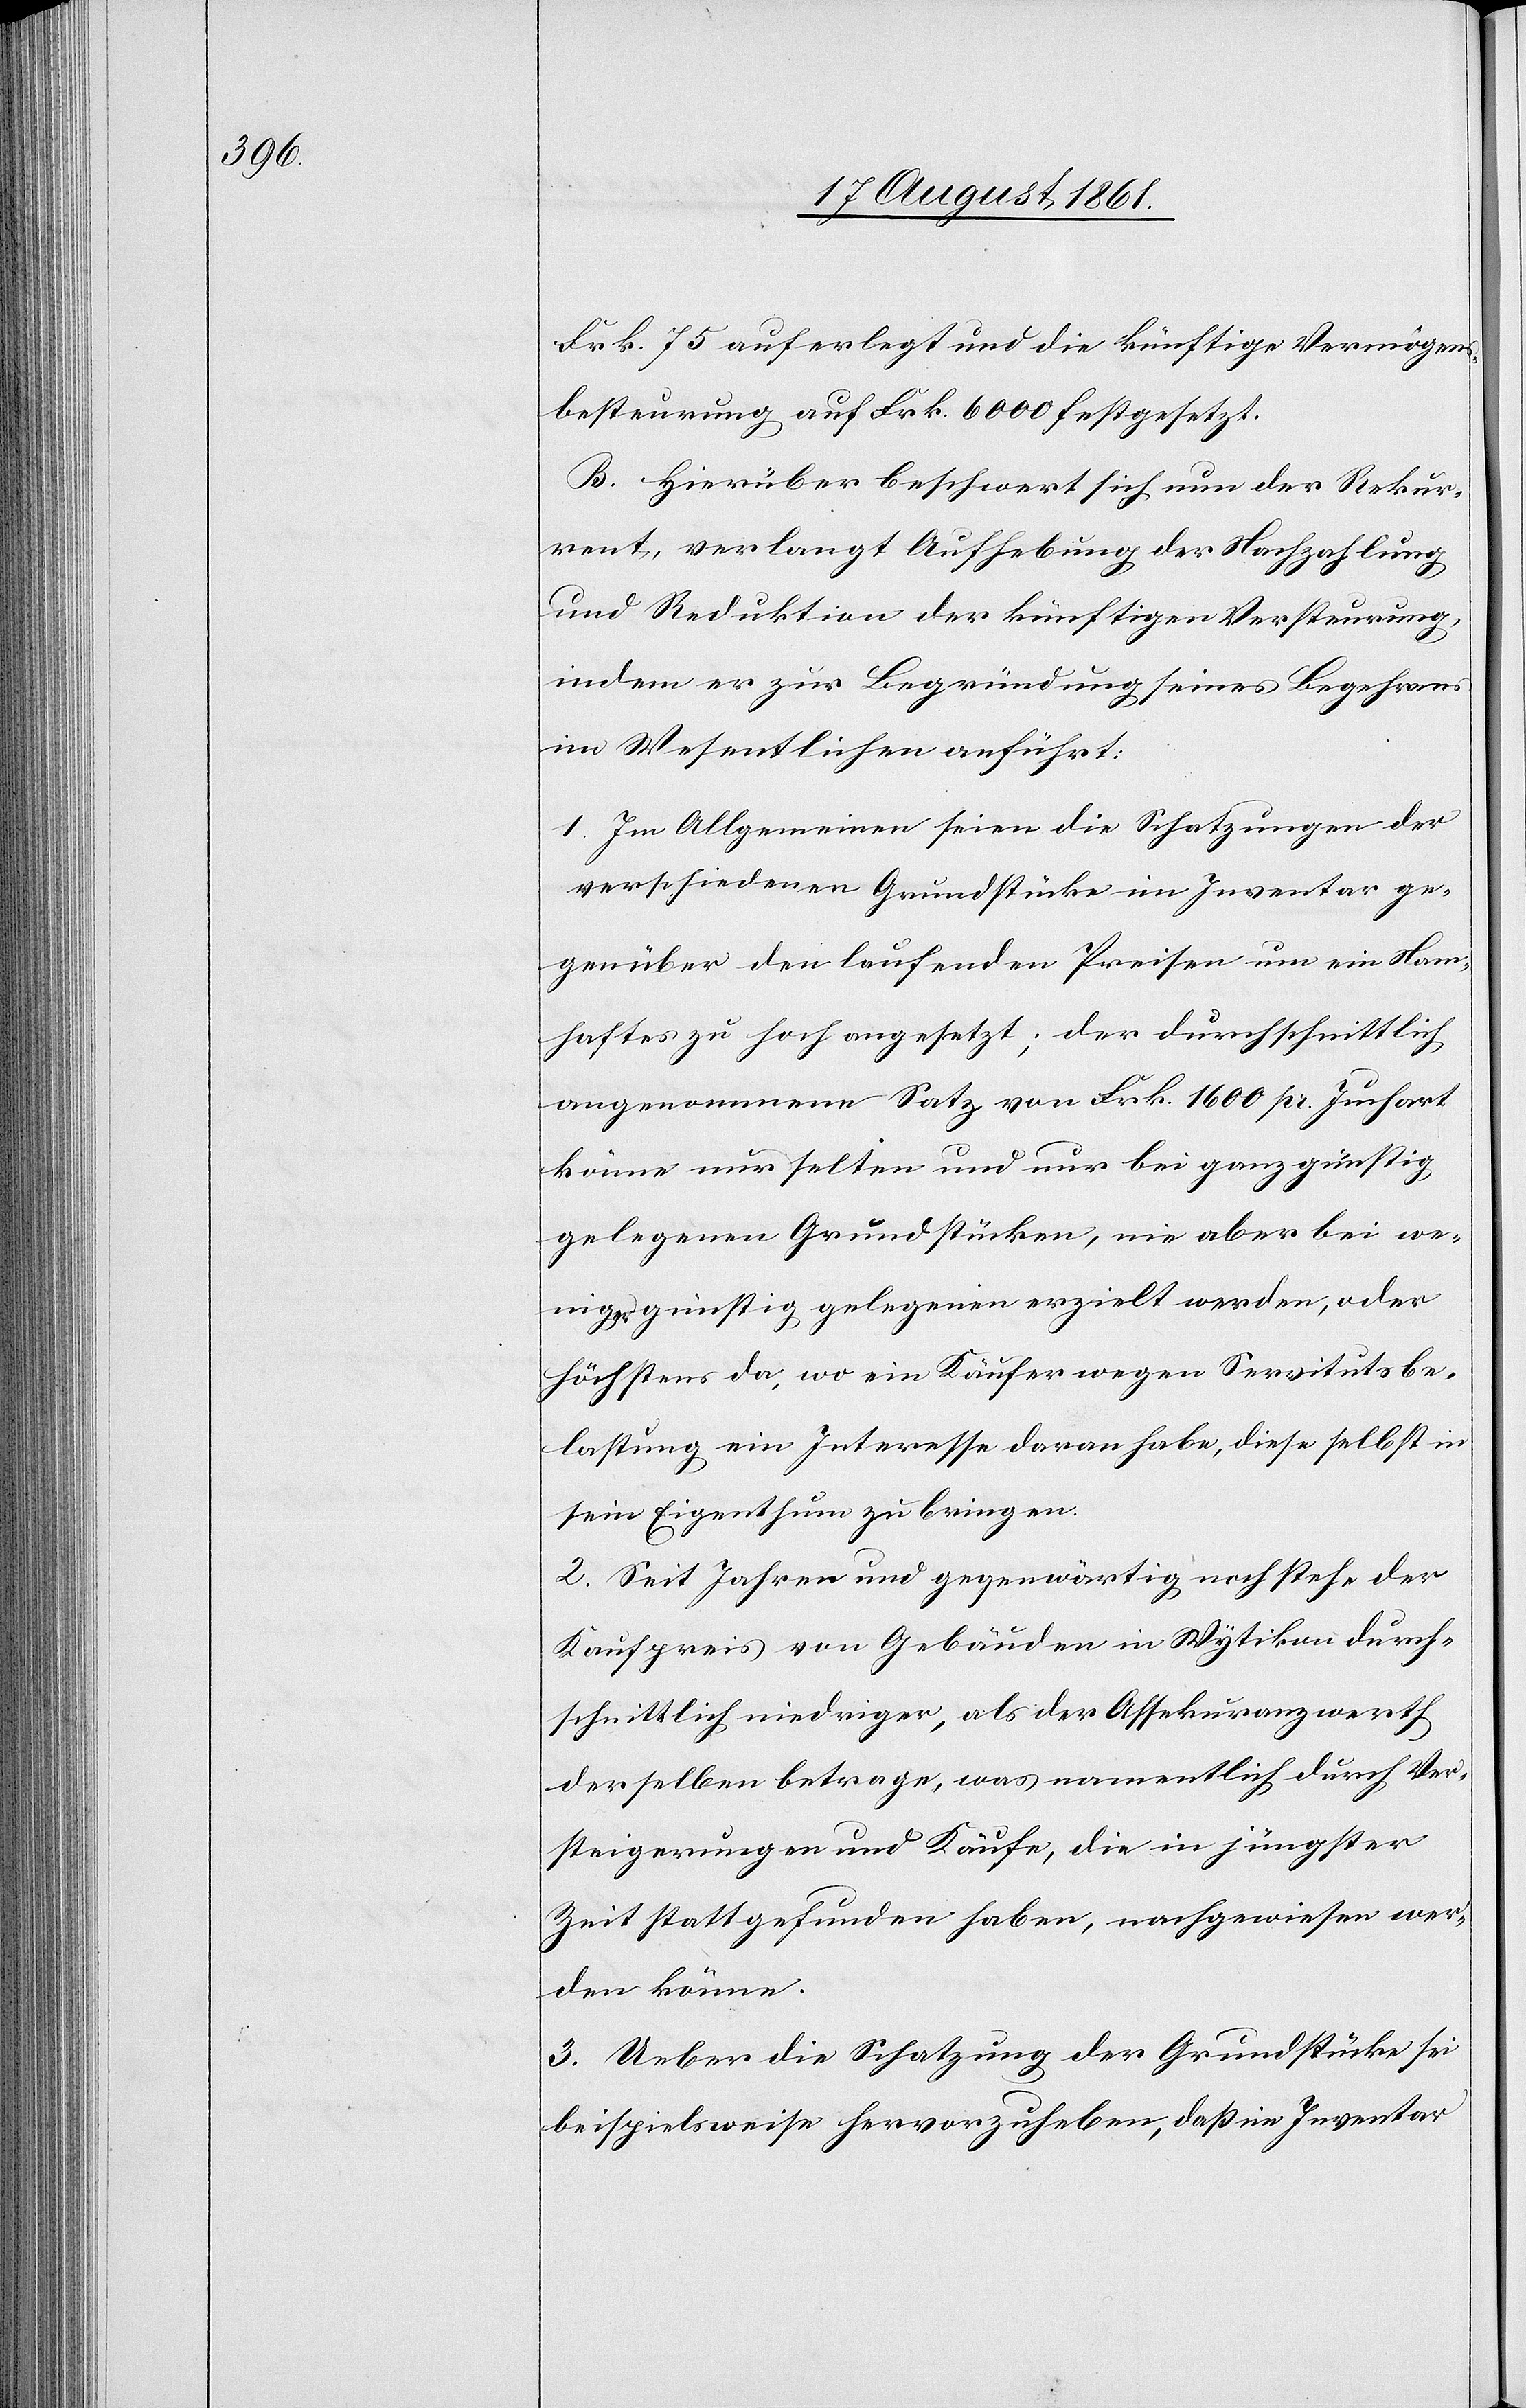
Frk. 75 auferlegt und die künftige Vermögens¬
besteurung auf Frk. 6000 festgesetzt.
B. Hierüber beschwert sich nun der Rekur¬
rent, verlangt Aufhebung der Nachzahlung
und Reduktion der künftigen Versteurung,
indem er zur Begründung seines Begehrens
im Wesentlichen anführt:
1. Im Allgemeinen seien die Schatzungen der
verschiedenen Grundstücke im Inventar ge¬
genüber den laufenden Preisen um ein Nam¬
haftes zu hoch angesetzt; der durchschnittlich
angenommene Satz von Frk. 1600 pr. Juchart
könne nur selten und nur bei ganz günstig
gelegenen Grundstücken, nie aber bei we¬
nig günstig gelegenen erzielt werden, oder
höchstens da, wo ein Käufer wegen Servitutsbe¬
lastung ein Interesse daran habe, diese selbst in
sein Eigenthum zu bringen.
2. Seit Jahren und gegenwärtig noch stehe der
Kaufpreis von Gebäuden in Wytikon durch¬
schnittlich niedriger, als der Assekuranzwerth
derselben betrage, was namentlich durch Ver¬
steigerung und Käufe, die in jüngster
Zeit stattgefunden haben, nachgewiesen wer¬
den könne.
3. Ueber die Schatzung der Grundstücke sei
beispielsweise hervorzuheben, daß ein Inventar